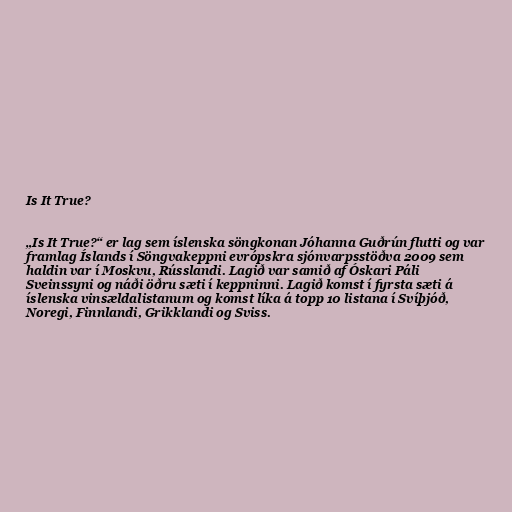
Is It True?

„Is It True?“ er lag sem íslenska söngkonan Jóhanna Guðrún flutti og var
framlag Íslands í Söngvakeppni evrópskra sjónvarpsstöðva 2009 sem
haldin var í Moskvu, Rússlandi. Lagið var samið af Óskari Páli
Sveinssyni og náði öðru sæti í keppninni. Lagið komst í fyrsta sæti á
íslenska vinsældalistanum og komst líka á topp 10 listana í Svíþjóð,
Noregi, Finnlandi, Grikklandi og Sviss.